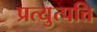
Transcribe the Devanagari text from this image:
प्रत्युत्पत्ति